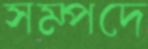
সম্পদে